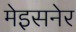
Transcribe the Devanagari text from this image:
मेइसनेर